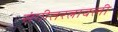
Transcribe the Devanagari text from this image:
संगीतरत्नावली